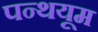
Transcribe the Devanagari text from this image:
पन्थयूम